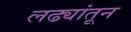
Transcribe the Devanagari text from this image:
लढ्यांतून